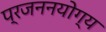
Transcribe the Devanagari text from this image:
प्रजननयोग्य